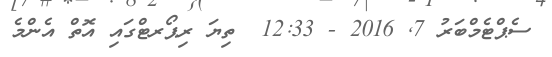
ސެޕްޓެމްބަރު 7